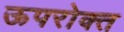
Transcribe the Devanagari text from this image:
ऊपरोक्त